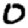
Digit: 0